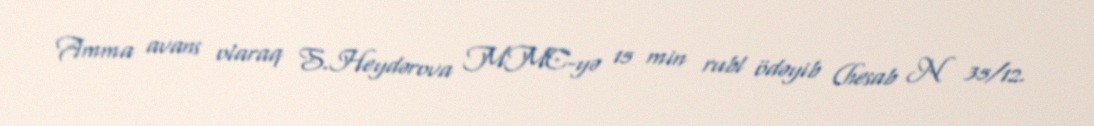
Amma avans olaraq S.Heydərova MMC-yə 15 min rubl ödəyib (hesab N 35/12.